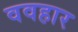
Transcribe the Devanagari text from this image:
ववहार